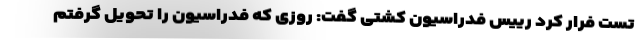
تست فرار کرد رییس فدراسیون کشتی گفت: روزی که فدراسیون را تحویل گرفتم